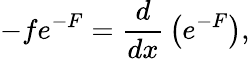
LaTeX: -fe^{-F}={\frac{d}{dx}}\left(e^{-F}\right),